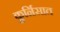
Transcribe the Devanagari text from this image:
कुर्निसात